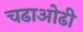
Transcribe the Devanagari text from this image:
चढाओढी